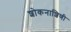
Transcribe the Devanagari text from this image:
शोकनाशिणी